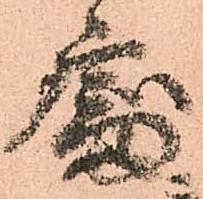
處